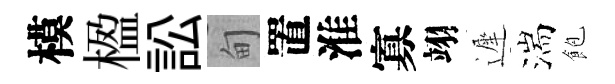
模楹訟甸置淮寡翊遲湍飽